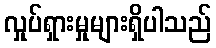
လှုပ်ရှားမှုများရှိပါသည်